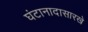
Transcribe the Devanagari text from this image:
घंटानादासारखे